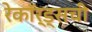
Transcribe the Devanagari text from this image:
रेकॉर्ड्सची